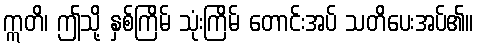
ဣတိ၊ ဤသို့ နှစ်ကြိမ် သုံးကြိမ် တောင်းအပ် သတိပေးအပ်၏။